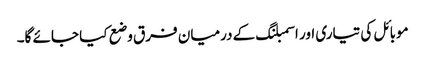
موبائل کی تیاری اور اسمبلنگ کے درمیان فرق وضع کیا جائے گا۔